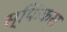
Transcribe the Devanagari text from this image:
स्फिंकस